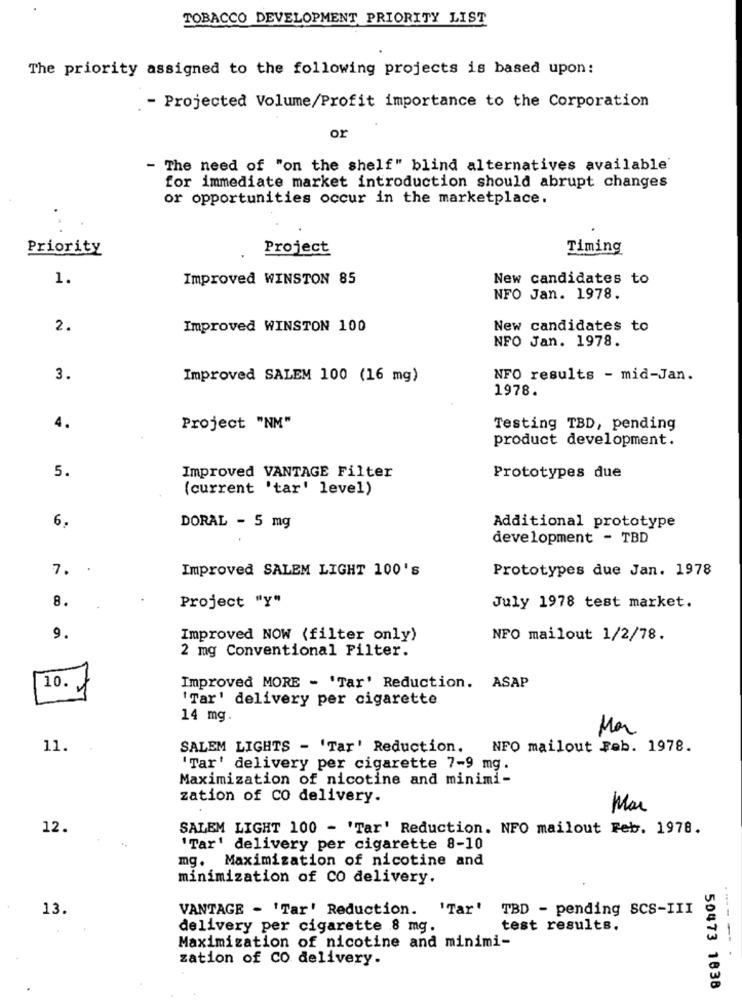
TOBACCO DEVELOPMENT PRIORITY LIST
The priority assigned to the following projects is based upon:
. - Projected Volume/Profit importance to the Corporation
or
- The need of "on the shelf" blind alternatives available'
for immediate market introduction should abrupt changes
or opportunities occur in the marketplace.
Priority
Project
Timing
1.
Improved WINSTON 85
New candidates to
NFO Jan. 1978.
2.
Improved WINSTON 100
New candidates to
NFO Jan. 1978.
3.
Improved SALEM 100 (16 mg)
NFO results - mid-Jan.
1978.
4.
Project "NM"
Testing TBD, pending
product development.
5.
Improved VANTAGE Filter
Prototypes due
(current 'tar' level)
6.
DORAL - 5 mg
Additional prototype
development - TBD
7.
Improved SALEM LIGHT 100's
Prototypes due Jan. 1978
8.
Project "Y"
July 1978 test market.
9.
Improved NOW (filter only)
NFO mailout 1/2/78.
2 mg Conventional Filter.
10.
Improved MORE - 'Tar' Reduction. ASAP
'Tar' delivery per cigarette
14 mg.
Mar
11.
SALEM LIGHTS - 'Tar' Reduction.
NFO mailout Feb. 1978.
'Tar' delivery per cigarette 7-9 mg.
Maximization of nicotine and minimi-
zation of CO delivery.
Mar
12.
SALEM LIGHT 100 - 'Tar' Reduction. NFO mailout Feb. 1978.
'Tar' delivery per cigarette 8-10
mg. Maximization of nicotine and
minimization of CO delivery.
13.
VANTAGE - 'Tar' Reduction. 'Tar' TBD - pending SCS-III
delivery per cigarette 8 mg.
test results.
Maximization of nicotine and minimi-
zation of Co delivery.
50473 1838